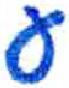
אות: ע